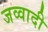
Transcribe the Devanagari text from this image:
जव्वादी